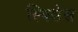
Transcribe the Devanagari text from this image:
स्पिसेस